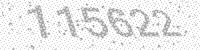
Solution: 115622